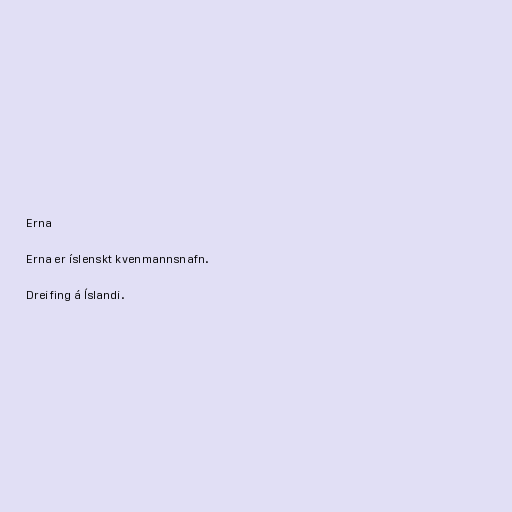
Erna

Erna er íslenskt kvenmannsnafn.

Dreifing á Íslandi.